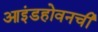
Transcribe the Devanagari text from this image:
आइंडहोवनची